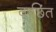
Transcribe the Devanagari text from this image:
वाछिंत